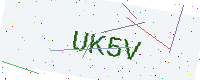
Text: UK5V